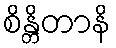
စိန္တိတာနိ